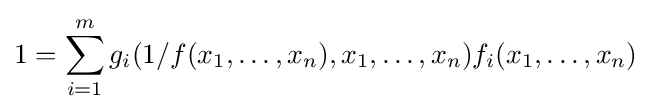
1=\sum _{i=1}^{m}g_{i}(1/f(x_{1},\dots ,x_{n}),x_{1},\dots ,x_{n})f_{i}(x_{1},\dots ,x_{n})